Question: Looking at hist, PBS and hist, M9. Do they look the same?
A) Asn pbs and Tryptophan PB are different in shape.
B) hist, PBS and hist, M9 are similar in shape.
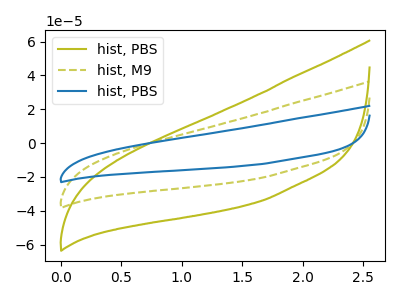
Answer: <think>The olive curve "hist, PBS" has no peaks. The olive dashed curve "hist, M9" has no peaks. The blue curve "hist, PBS" has no peaks.
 Neither "hist, PBS" or "hist, M9" have any peaks.</think>
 <answer>B) "hist, PBS" and "hist, M9" are similar in shape.</answer>
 <eval>B</eval>